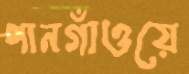
পানগাঁওয়ে